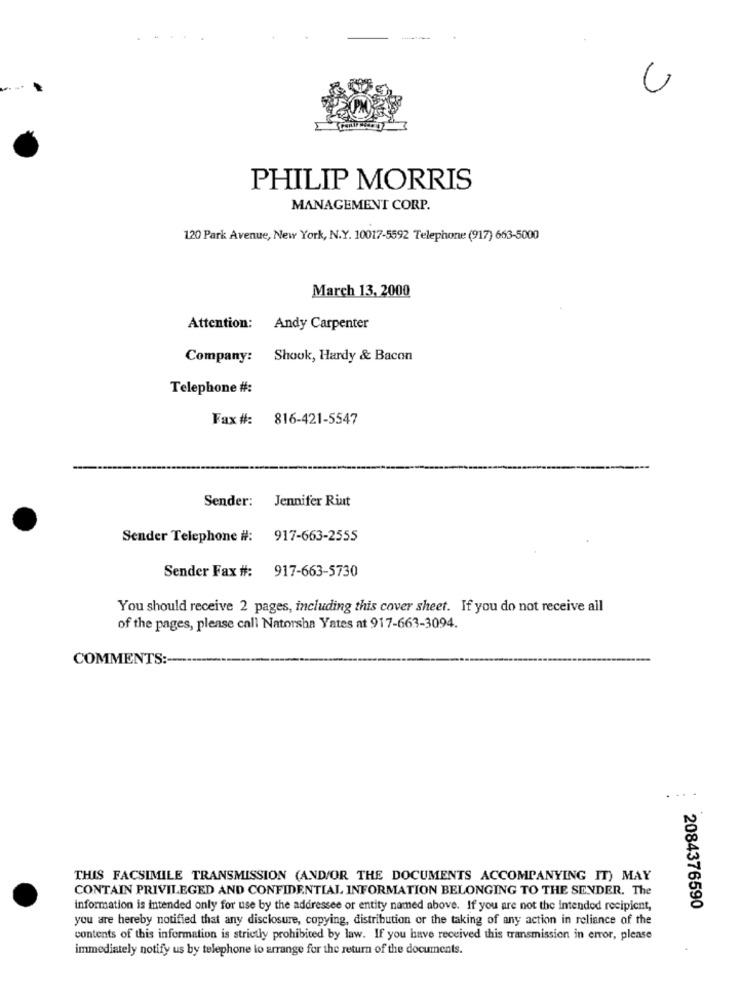
PHILIP MORRIS
MANAGEMENT CORP.
120 Park Avenue, New York, N.Y. 10017-5592 Telephone (917) 663-5000
March 13, 2000
Attention: Andy Carpenter
Company: Shook, Hardy & Bacon
Telephone #:
Fax#: 816-421-5547
Sender: Jennifer Riut
Sender Telephone #: 917-663-2555
Sender Fax #: 917-663-5730
You should receive 2 pages, including this cover sheet. If you do not receive all
of the pages, please call Natorsha Yates at 917-663-3094.
COMMENTS:
THIS FACSIMILE TRANSMISSION (AND/OR THE DOCUMENTS ACCOMPANYING IT) MAY
CONTAIN PRIVILEGED AND CONFIDENTIAL INFORMATION BELONGING TO THE SENDER. The
information is intended only for use by the addressee or entity named above. If you are not the intended recipient,
2084376590
you are hereby notified that any disclosure, copying, distribution or the taking of any action in reliance of the
contents of this information is strictly prohibited by law. If you have received this transmission in error, please
immediately notify us by telephone lo arrange for the return of the documents.